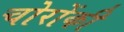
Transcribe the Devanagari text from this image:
चोरोंकी